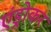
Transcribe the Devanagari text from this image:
एंड्रोकर